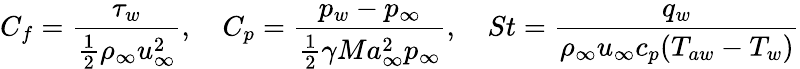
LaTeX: C_{f}=\frac{\tau_{w}}{\frac{1}{2}\rho_{\infty}u_{\infty}^{2}},\quad C_{p}=\frac{p_{w}-p_{\infty}}{\frac{1}{2}\gamma Ma_{\infty}^{2}p_{\infty}},\quad St=\frac{q_{w}}{\rho_{\infty}u_{\infty}c_{p}(T_{aw}-T_{w})}